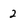
Character: 2